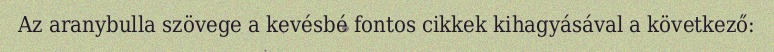
Az aranybulla szövege a kevésbé fontos cikkek kihagyásával a következő: